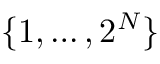
\{ 1 , \dots , 2 ^ { N } \}